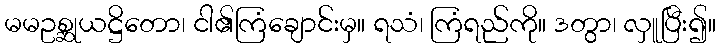
မမဥစ္ဆုယဋ္ဌိတော၊ ငါ၏ကြံချောင်းမှ။ ရသံ၊ ကြံရည်ကို။ ဒတွာ၊ လှူပြီး၍။